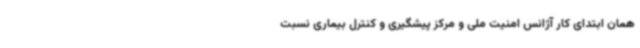
همان ابتدای کار آژانس امنیت ملی و مرکز پیشگیری و کنترل بیماری نسبت